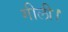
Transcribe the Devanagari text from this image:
गीली।